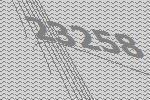
23258